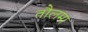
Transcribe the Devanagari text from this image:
तौलमा